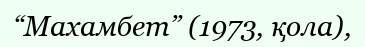
“Махамбет” (1973, қола),